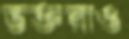
ভক্তরাও